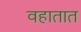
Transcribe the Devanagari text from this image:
वहातात